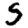
Digit: 5